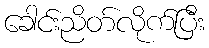
ခေါင်းညိတ်လိုက်ပြီး